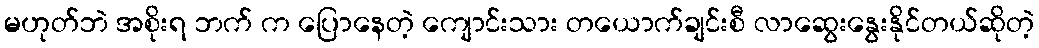
မဟုတ်ဘဲ အစိုးရ ဘက် က ပြောနေတဲ့ ကျောင်းသား တယောက်ချင်းစီ လာဆွေးနွေးနိုင်တယ်ဆိုတဲ့